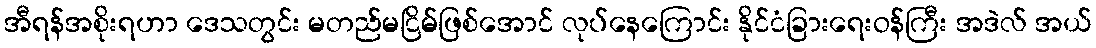
အီရန်အစိုးရဟာ ဒေသတွင်း မတည်မငြိမ်ဖြစ်အောင် လုပ်နေကြောင်း နိုင်ငံခြားရေးဝန်ကြီး အဒဲလ် အယ်